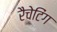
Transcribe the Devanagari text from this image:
रैचेटिंग